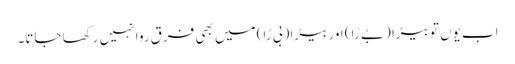
اب یوں تو بیڑا (بے ڑا) اور بیڑا (بی ڑا) میں بھی فرق روا نہیں رکھا جاتا۔